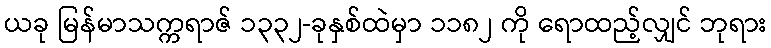
ယခု မြန်မာသက္ကရာဇ် ၁၃၃၂-ခုနှစ်ထဲမှာ ၁၁၈၂ ကို ရောထည့်လျှင် ဘုရား